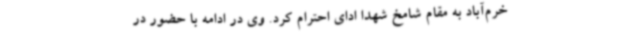
خرم‌آباد به مقام شامخ شهدا ادای احترام کرد. وی در ادامه با حضور در